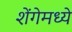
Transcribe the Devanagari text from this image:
शेंगेमध्ये